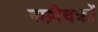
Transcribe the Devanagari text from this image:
नाड़ीचक्रों